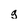
Character: g